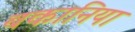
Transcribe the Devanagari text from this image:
बकानिया